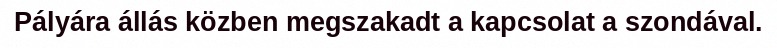
Pályára állás közben megszakadt a kapcsolat a szondával.